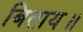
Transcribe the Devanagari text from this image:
बिताय॥